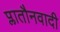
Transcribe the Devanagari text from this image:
प्लातौनवादी